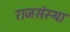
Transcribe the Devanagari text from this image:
राजसंस्था